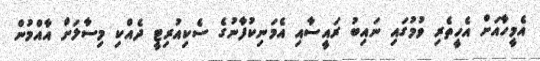
އެމީހާއަށް އެހީތެރި ވުމުގައި ނައިބު ރައީސާއި އެމަނިކުފާނުގެ ސެކިއުރިޓީ ދެއްކި މިސާލަށް އާއްމުން